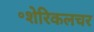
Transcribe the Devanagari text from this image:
॰शेरिकलचर